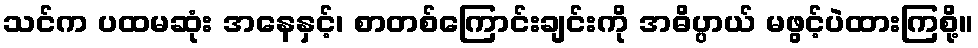
သင်က ပထမဆုံး အနေနှင့်၊ စာတစ်ကြောင်းချင်းကို အဓိပ္ပာယ် မဖွင့်ပဲထားကြစို့။